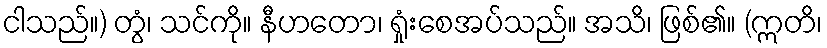
ငါသည်။) တွံ၊ သင်ကို။ နီဟတော၊ ရှုံးစေအပ်သည်။ အသိ၊ ဖြစ်၏။ (ဣတိ၊